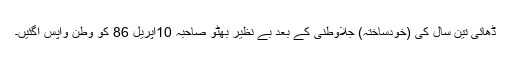
ڈھائی تین سال کی (خودساختہ) جلاوطنی کے بعد بے نظیر بھٹو صاحبہ 10اپریل 86 کو وطن واپس آگئیں۔